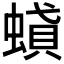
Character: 𧎢